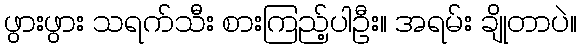
ဖွားဖွား သရက်သီး စားကြည့်ပါဦး။ အရမ်း ချိုတာပဲ။